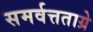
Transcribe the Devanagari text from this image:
समर्वत्तताग्रे